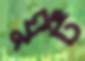
ঘুঁট